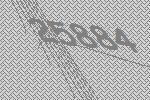
25884